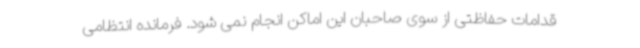
قدامات حفاظتی از سوی صاحبان این اماکن انجام نمی شود. فرمانده انتظامی